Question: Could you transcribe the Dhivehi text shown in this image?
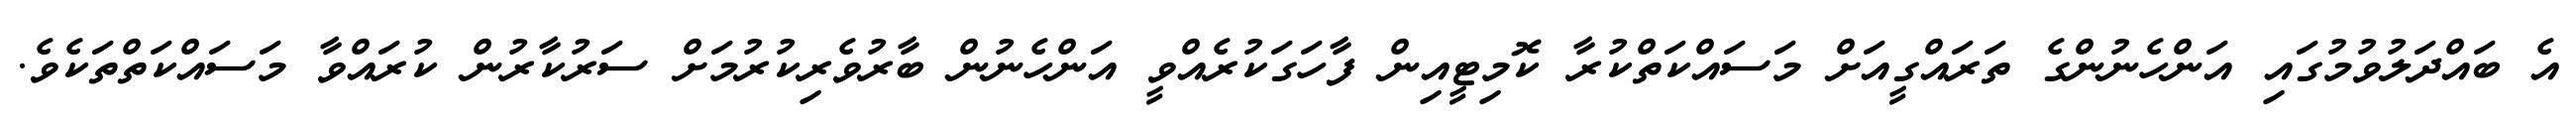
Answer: އެ ބައްދަލުވުމުގައި އަންހެނުންގެ ތަރައްގީއަށް މަސައްކަތްކުރާ ކޮމިޓީއިން ފާހަގަކުރެއްވީ އަންހެނުން ބާރުވެރިކުރުމަށް ސަރުކާރުން ކުރައްވާ މަސައްކަތްތަކެވެ.